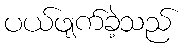
ပယ်ဖျက်ခဲ့သည်